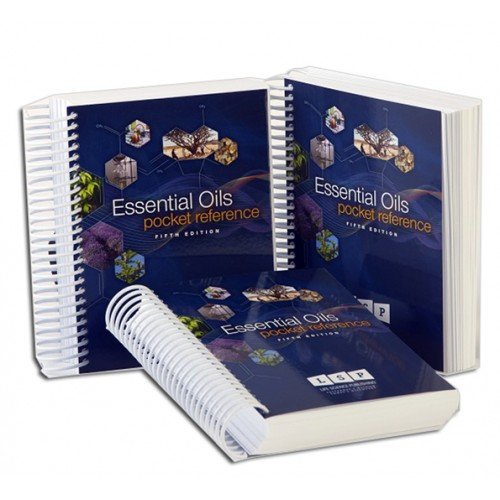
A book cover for Essential Oils Pocket Reference; Gary Young; Health, Fitness & Dieting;